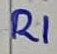
Text: R1